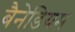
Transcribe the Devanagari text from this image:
बैनेडियम